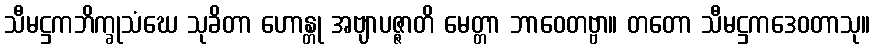
သီမဋ္ဌကဘိက္ခုသံဃေ သုခိတာ ဟောန္တု အဗျာပဇ္ဇာတိ မေတ္တာ ဘာဝေတဗ္ဗာ။ တတော သီမဋ္ဌကဒေဝတာသု။